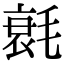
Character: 㲤